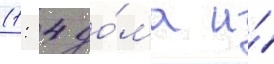
(1: 4 до́ма и́